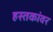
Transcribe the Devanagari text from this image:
हस्तकांवर